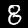
Label: 8